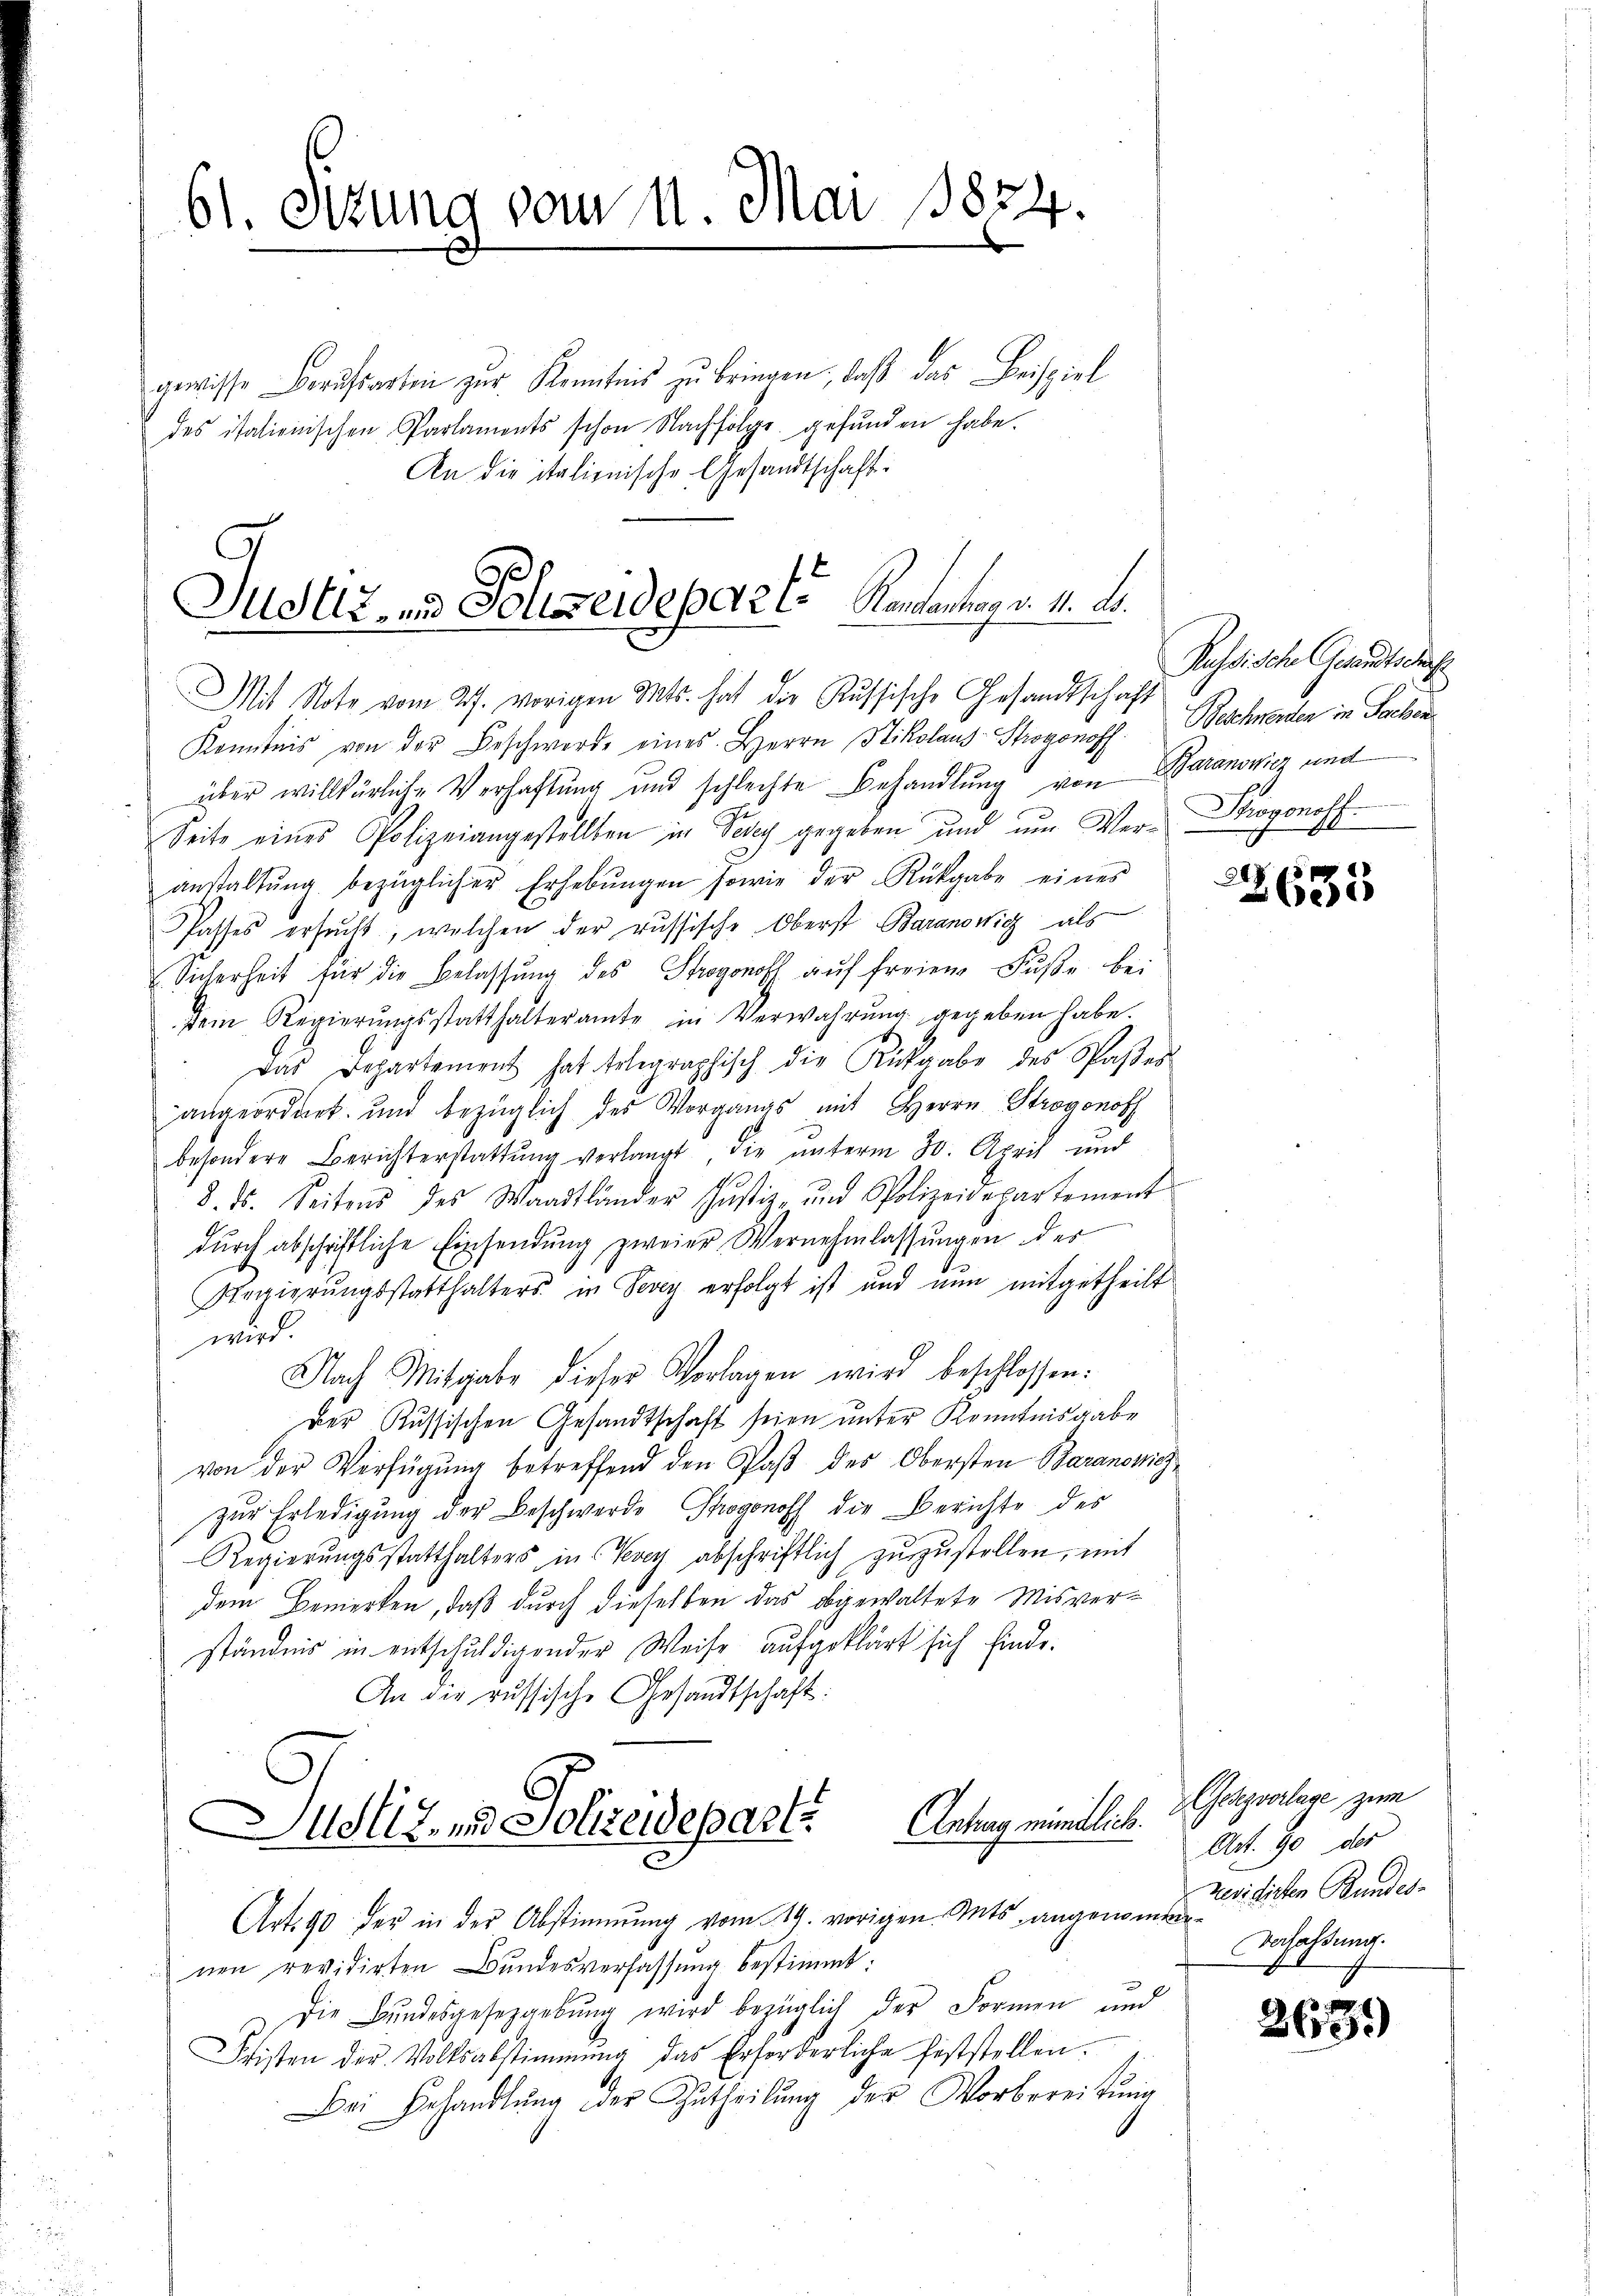
61. Sitzung vom 1. Mai 1884.

gewisse Berufsarten zŭr Kenntnis zŭ bringen, daß das Beispiel
des italienischen Parlaments schon Nachfolge gefŭnden habe.
An die italienische Gesandtschaft:

Justiz- und Polizeideparte Kantontag. 4. A.

Mit Note vom 27. vorigen Mts. hat die Russische Gesandtschaft
Kenntnis von der Beschwerde eines Herrn Stikolaus Strogonoff. Beschwenden in Sachen
über willkürliche Verhaftung und schlechte Behandlung von Baranowicz und
Seite eines Polizeiangestellten in Vevey gegeben und ŭm Ver- Diagonoff
anstaltŭng bezüglicher Erhebŭngen sowie der Rückgabe eines
Passes ersucht, welchen der russische Oberst Baranovich als
Sicherheit für die Belassŭng des Strogonoff aŭf freiem Fŭβe bei
dem Regierŭngsstatthalteramte in Verwahrung gegeben habe
Das Departement hat telegraphisch die Rückgabe des Paster-
angeordnet, und bezüglich des Vorgangs mit Herrn Strogonoth
besondere Berichterstattŭng verlangt die unterm 30. April und
8. ds. Seitens des Waadtländer Justiz- und Polizeidepartement
dŭrch abschriftliche Einsendŭng zweier Vernehmlassŭngen der
Regierungsstatthalters in Vevey erfolgt ist und nun mitgetheilt
wird.
Nach Mitgabe dieser Vorlagen wird beschlossen:
Der Russischen Gesandtschaft seien unter Kenntnisgabe
von der Verfügung betreffend den Paß des Obersten Baranowicz,
zŭr Erledigung der Beschwerde Prognoff die Berichte des
Regierŭngsstatthalters in kay abschriftlich zŭzŭstellen, mit
dem Bemerken, daß durch dieselben das abgewaltete Misverständnis in entschuldigender Weise aufgeklärt sich finde.
An die russische Gesandtschaft:
Antrag mündlich. Gerzvorlage zum
udler, und Polizeidepart
Art. 90 der in der Abstimmung vom 19. vorigen. Mts. angenommen
nen revidirten Bundesverfassung bestimmt:
Die Bundesgesetzgebung wird bezüglich der Formen und
Fristen der Volksabstimmung das Erforderliche Feststellen.
Bei Behandlŭng der Zutheilŭng des Vorbereitŭng

Russische Gesandtsdurf

22633

Art. 90 des
revidirten Bundes-
Verfassung.

2639)